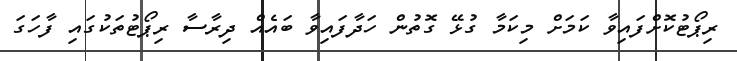
ރިޕޯޓުކޮށްފައިވާ ކަމަށް މިކަމާ ގުޅޭ ގޮތުން ހަދާފައިވާ ބައެއް ދިރާސާ ރިޕޯޓުތަކުގައި ފާހަގަ